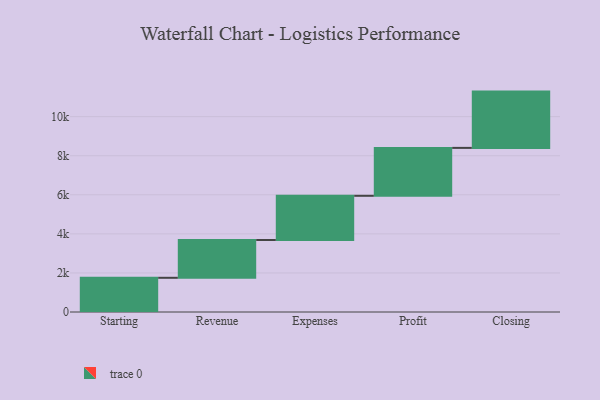
{"axis": {"x": "Step", "y": "Value"}, "legend": [""], "data": [{"x": "Starting", "y": 1751.0, "type": ""}, {"x": "Revenue", "y": 1936.0, "type": ""}, {"x": "Expenses", "y": 2262.0, "type": ""}, {"x": "Profit", "y": 2453.0, "type": ""}, {"x": "Closing", "y": 2882.0, "type": ""}]}